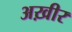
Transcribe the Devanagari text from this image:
अख़ीर